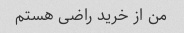
من از خرید راضی هستم